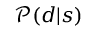
{ \mathcal { P } } ( d | s )